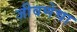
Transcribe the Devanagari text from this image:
जीवणेचा